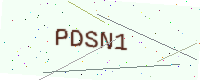
Text: PDSN1